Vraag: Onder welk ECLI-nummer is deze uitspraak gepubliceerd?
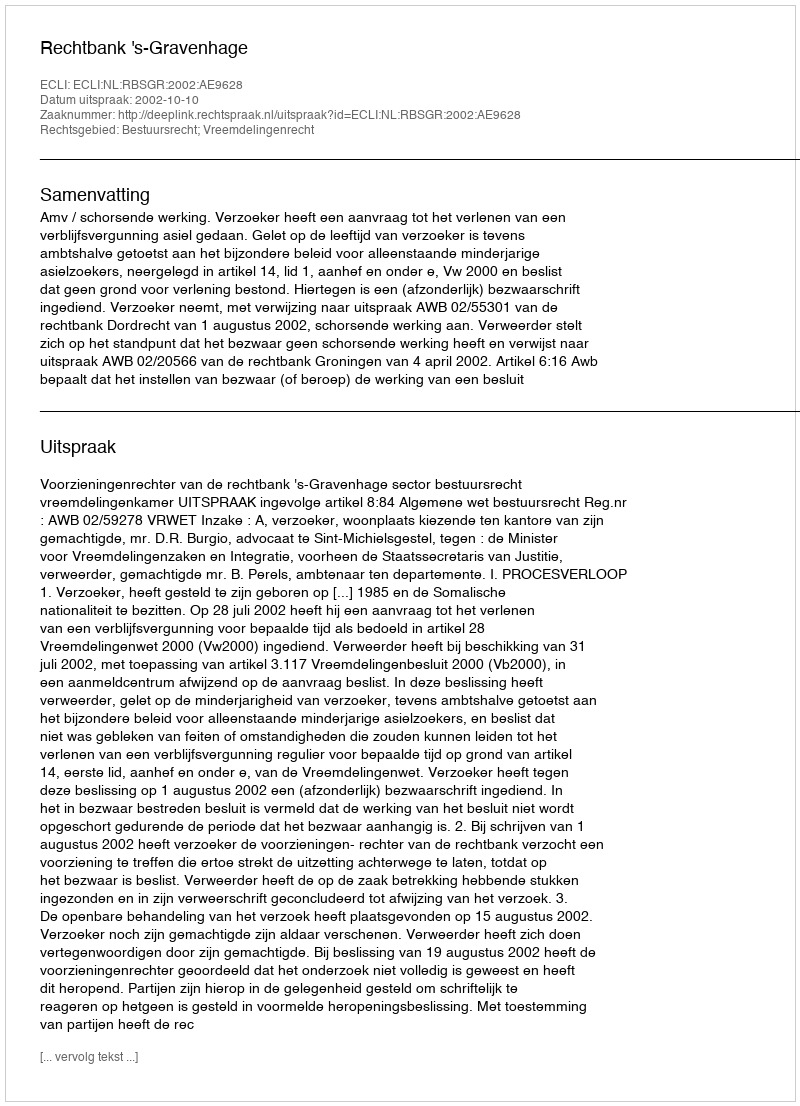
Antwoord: ECLI:NL:RBSGR:2002:AE9628